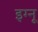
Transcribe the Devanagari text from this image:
इग्‍नू